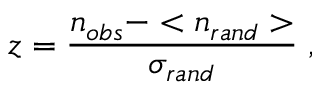
z = \frac { n _ { o b s } - < n _ { r a n d } > } { \sigma _ { r a n d } } \; ,